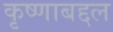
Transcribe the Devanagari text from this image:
कृष्णाबद्दल